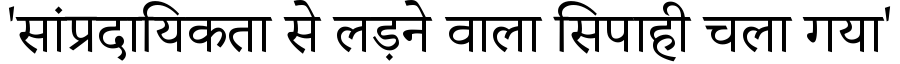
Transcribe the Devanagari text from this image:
'सांप्रदायिकता से लड़ने वाला सिपाही चला गया'